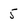
Character: 5